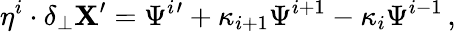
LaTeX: \eta^{i}\cdot\delta_{\perp}\mathbf{X}^{\prime}=\Psi^{i}{}^{\prime}+\kappa_{i+1}\Psi^{i+1}-\kappa_{i}\Psi^{i-1}\, ,